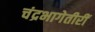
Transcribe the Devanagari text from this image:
चंद्रभागेतीरीं